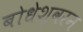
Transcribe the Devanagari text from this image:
बोधेश्वरन